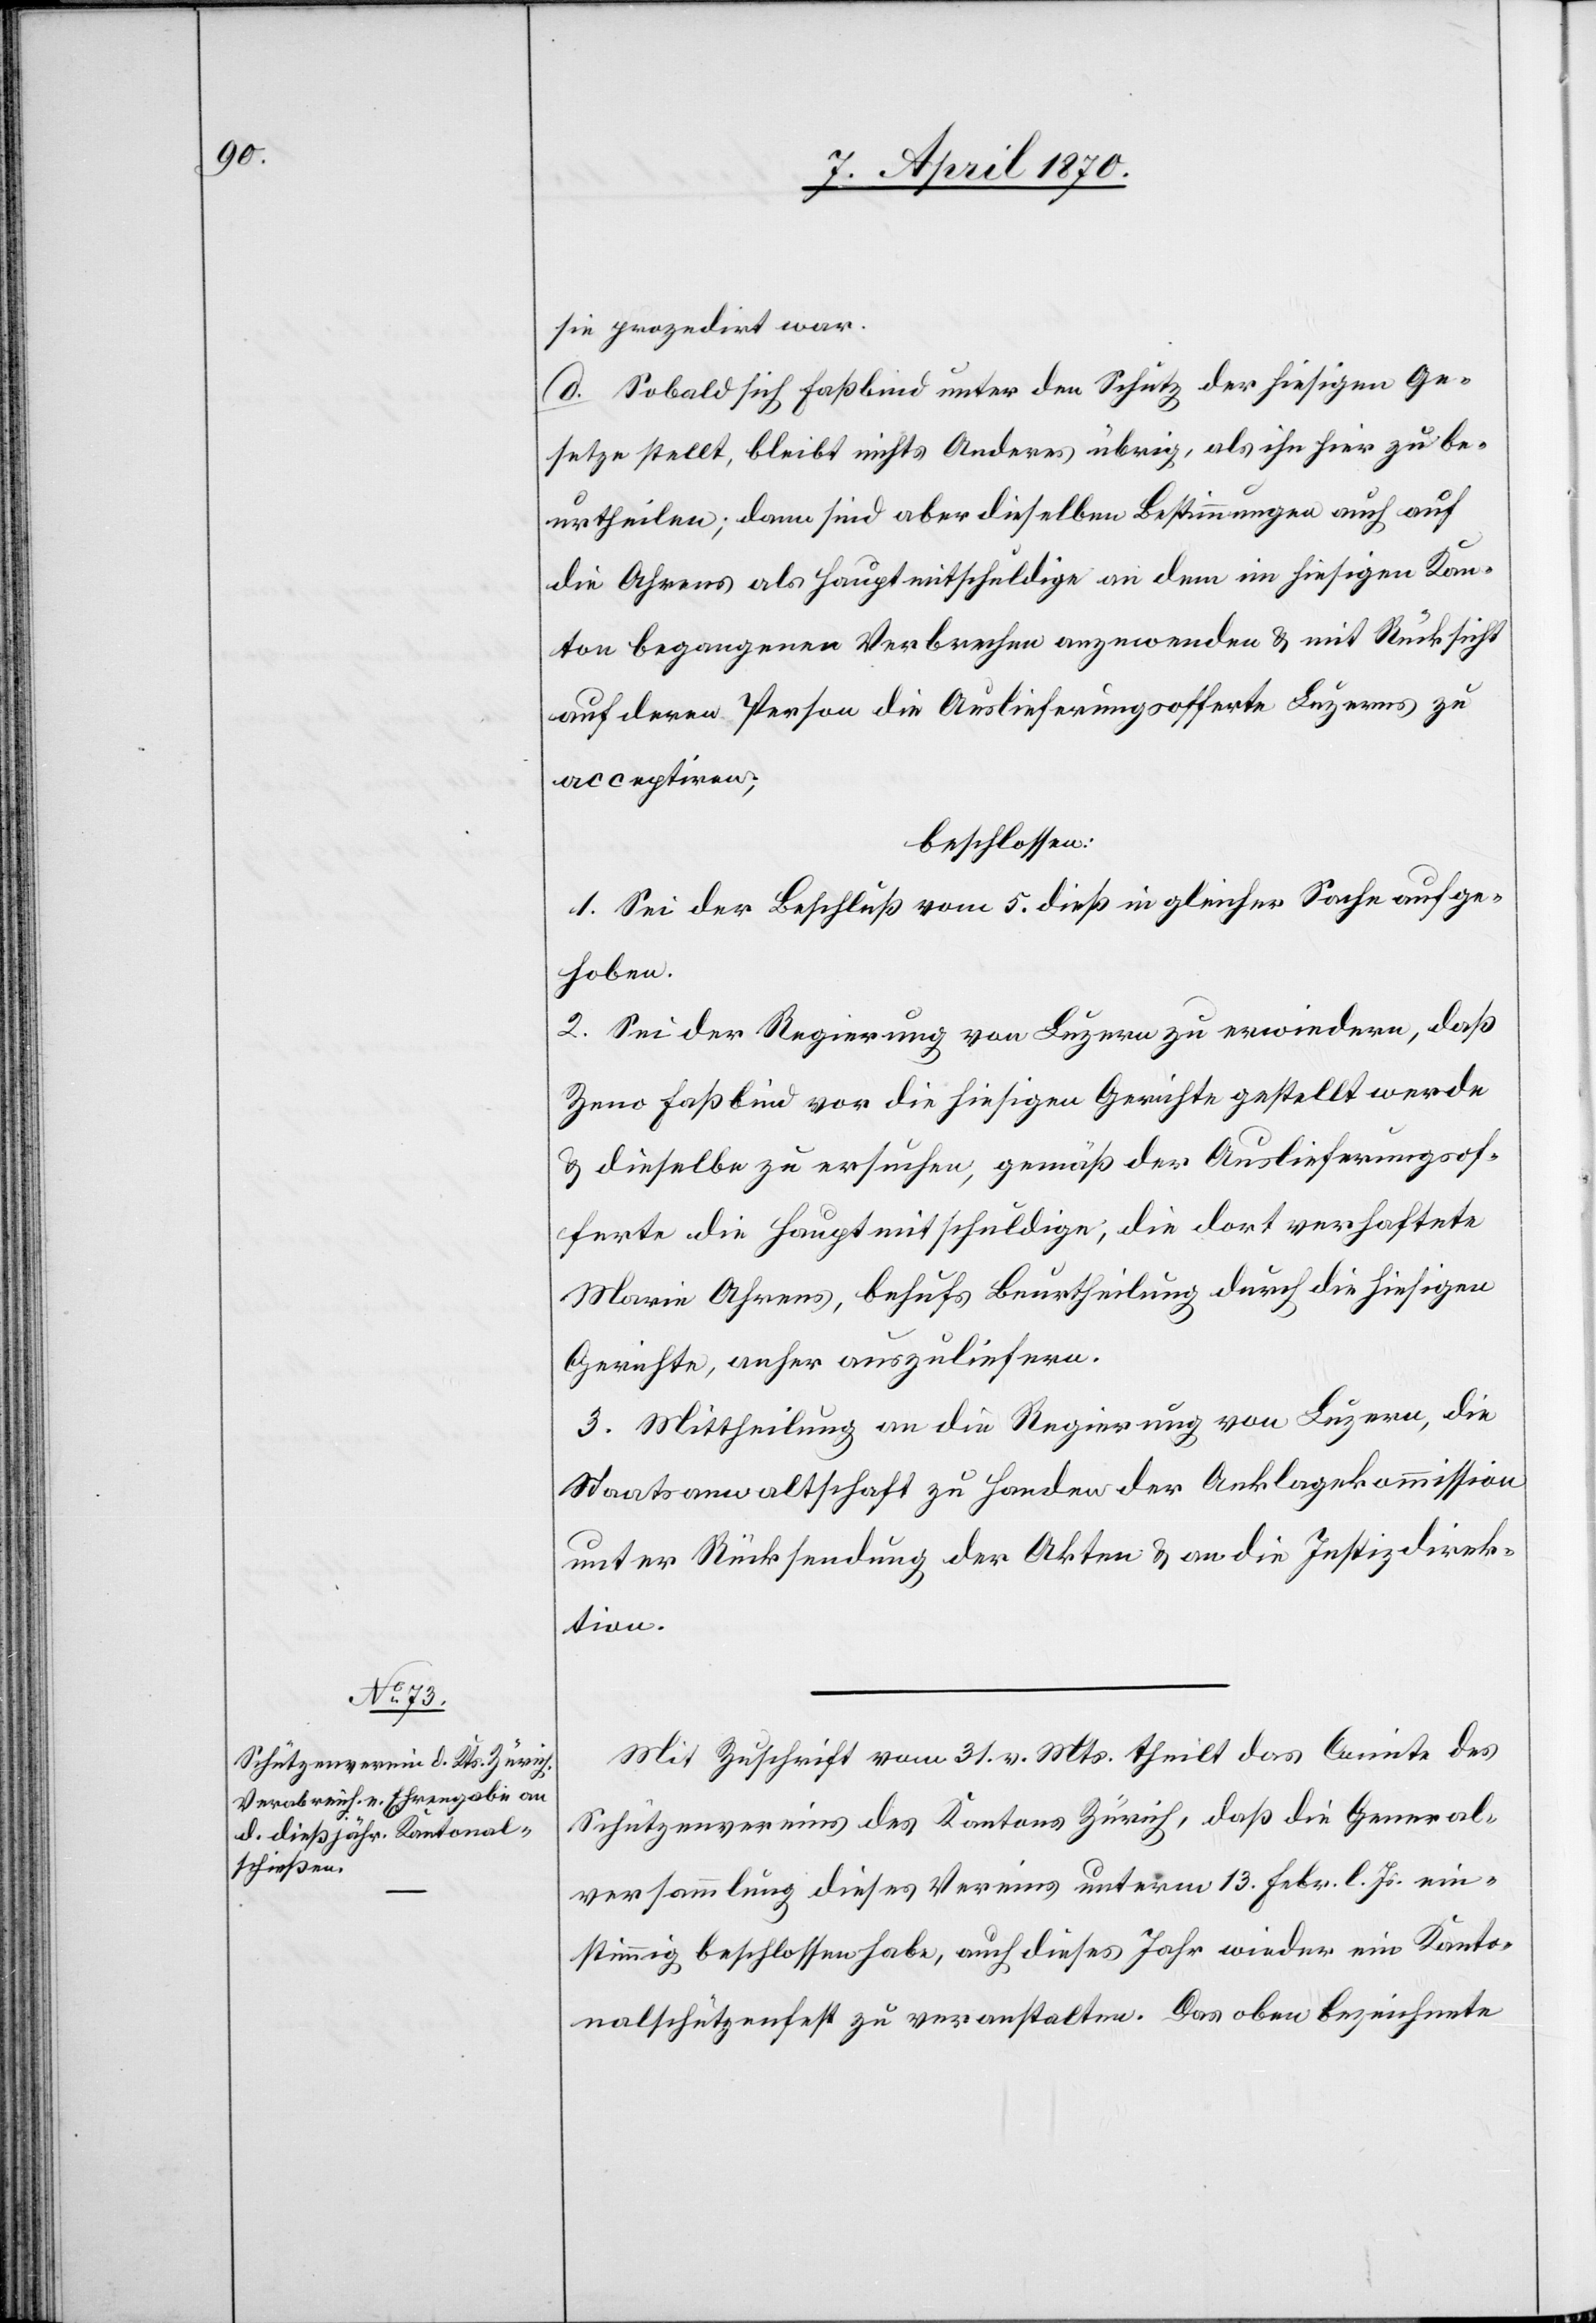
sie prozedirt war.
d. Sobald sich Faßbind unter den Schutz der hiesigen Ge¬
setze stellt, bleibt nichts Anderes übrig, als ihn hier zu be¬
urtheilen; dann sind aber dieselben Bestimmungen auch auf
die Ahrens als Hauptmitschuldige an dem im hiesigen Kan¬
ton begangenen Verbrechen anzuwenden & mit Rücksicht
auf deren Person die Auslieferungsofferte Luzerns zu
acceptiren;
beschlossen:
1. Sei der Beschluß vom 5. dieß in gleicher Sache aufge¬
hoben.
2. Sei der Regierung von Luzern zu erwiedern, daß
Zeno Faßbind vor die hiesigen Gerichte gestellt werde
& dieselbe zu ersuchen, gemäß der Auslieferungsof¬
ferte die Hauptmitschuldige, die dort verhaftete
Maria Ahrens, behufs Beurtheilung durch die hiesigen
Gerichte, anher auszulierfen.
3. Mittheilung an die Regierung von Luzern, die
Staatsanwaltschaft zu Handen der Anklagekommission
unter Rücksendung der Akten & an die Justizdirek¬
tion.
Mit Zuschrift vom 31. vor. Mts. theilt das Comite des
Schützenvereins des Kantons Zürich [mit], daß die General¬
versammlung dieses Vereins unterm 13. Febr. l. Js. ein¬
stimmig beschlossen habe, auch dieses Jahr wieder ein Kanto¬
nalschützenfest zu veranstalten. Das oben bezeichnete